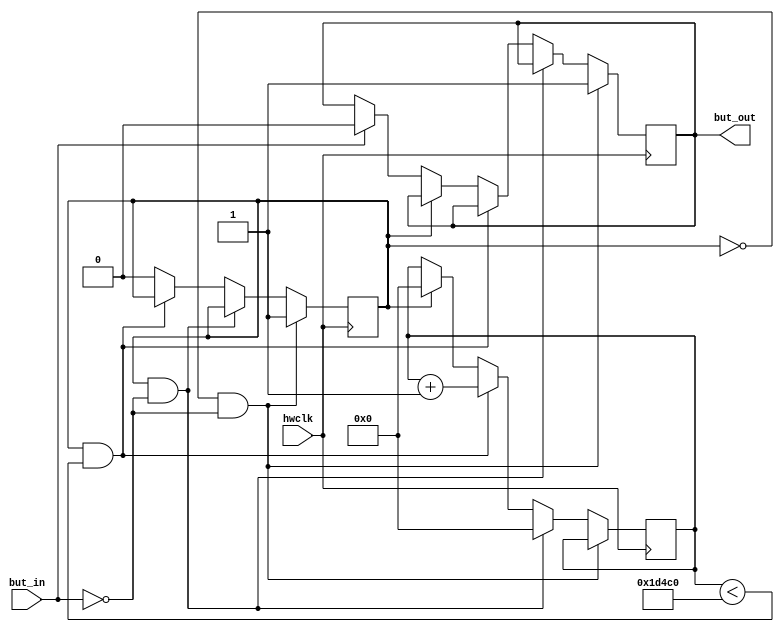
module debounce (
  input hwclk, but_in,
  output but_out
);

reg [31:0] debounce_timer = 32'b0;
parameter DEBOUNCE_PERIOD = 32'd120000;
reg debouncing = 1'b0;

always @ (posedge hwclk) begin
  if (~debouncing && ~but_in) begin
    but_out <= 1;
    debouncing <= 1;
  end else if (debouncing && ~but_in) begin
    debounce_timer <= 32'b0;
  end else if (debouncing && debounce_timer < DEBOUNCE_PERIOD) begin
    debounce_timer <= debounce_timer + 1;
  end else if (debouncing) begin
    debounce_timer <= 32'b0;
    debouncing <= 1'b0;
  end else if (but_in)
    but_out <= 0;
end

endmodule